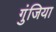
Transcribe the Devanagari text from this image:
गुंजिया